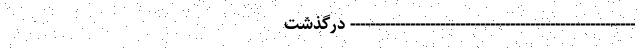
--------------------------------------------------------- درگذشت